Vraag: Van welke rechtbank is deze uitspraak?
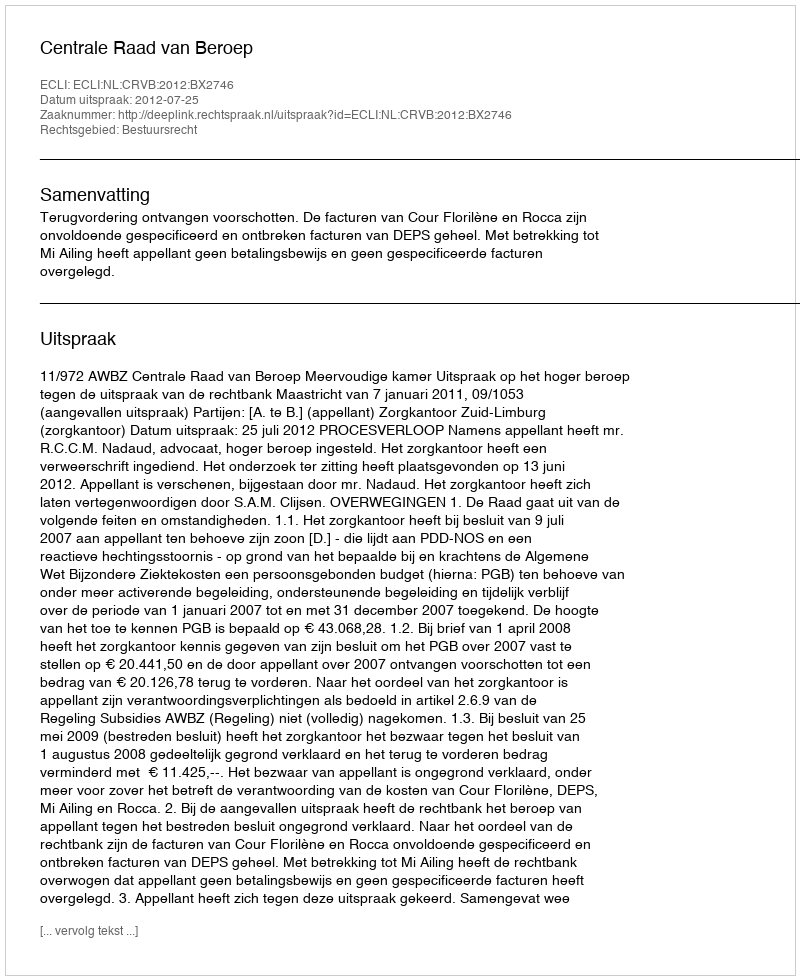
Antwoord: Centrale Raad van Beroep